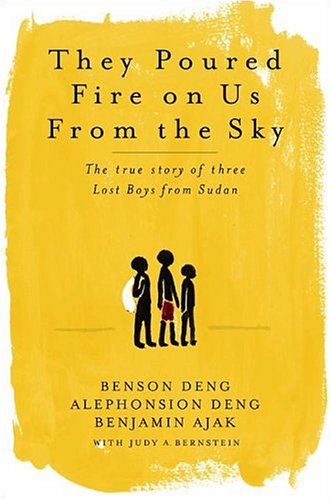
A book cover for They Poured Fire on Us from the Sky: The True Story of Three Lost Boys from Sudan; Alphonsion Deng; History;